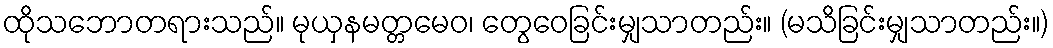
ထိုသဘောတရားသည်။ မုယှနမတ္တမေဝ၊ တွေဝေခြင်းမျှသာတည်း။ (မသိခြင်းမျှသာတည်း။)